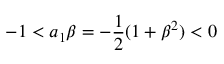
- 1 < a _ { 1 } \beta = - \frac { 1 } { 2 } ( 1 + \beta ^ { 2 } ) < 0